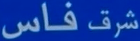
فاس شرق